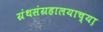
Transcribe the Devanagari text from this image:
ग्रंथसंग्रहालयाच्या़